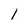
Character: 1